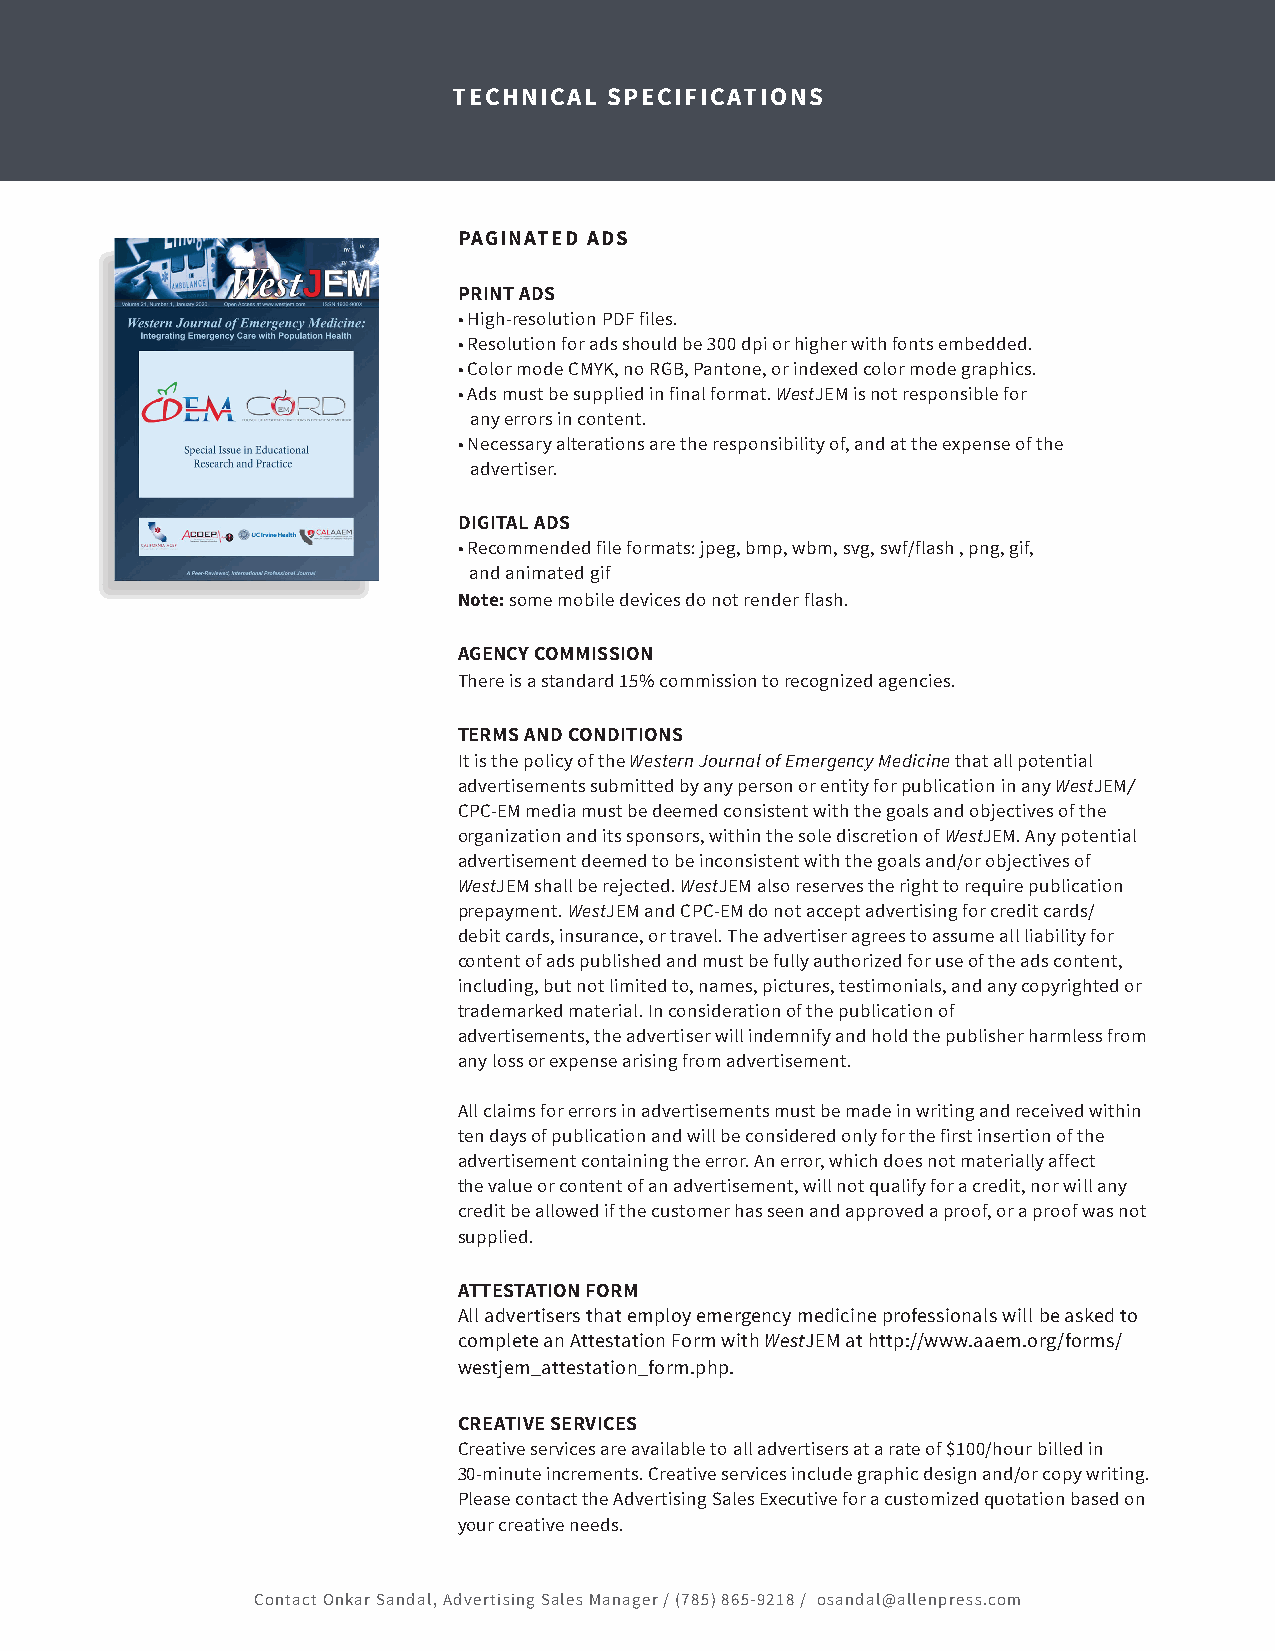
TECHNICAL SPECIFICATIONS
 PAGINATED ADS
 PRINT ADS
 • High-resolution PDF files.
 • Resolution for ads should be 300 dpi or higher with fonts embedded.
 • Color mode CMYK, no RGB, Pantone, or indexed color mode graphics.
 • Ads must be supplied in final format. WestJEM is not responsible for
 any errors in content.
 • Necessary alterations are the responsibility of, and at the expense of the
 advertiser.
 DIGITAL ADS
 • Recommended file formats: jpeg, bmp, wbm, svg, swf/flash , png, gif,
 and animated gif
 Note: some mobile devices do not render flash.
 AGENCY COMMISSION
 There is a standard 15% commission to recognized agencies.
 TERMS AND CONDITIONS
 It is the policy of the Western Journal of Emergency Medicine that all potential
 advertisements submitted by any person or entity for publication in any WestJEM/
 CPC-EM media must be deemed consistent with the goals and objectives of the
 organization and its sponsors, within the sole discretion of WestJEM. Any potential
 advertisement deemed to be inconsistent with the goals and/or objectives of
 WestJEM shall be rejected. WestJEM also reserves the right to require publication
 prepayment. WestJEM and CPC-EM do not accept advertising for credit cards/
 debit cards, insurance, or travel. The advertiser agrees to assume all liability for
 content of ads published and must be fully authorized for use of the ads content,
 including, but not limited to, names, pictures, testimonials, and any copyrighted or
 trademarked material. In consideration of the publication of
 advertisements, the advertiser will indemnify and hold the publisher harmless from
 any loss or expense arising from advertisement.
 All claims for errors in advertisements must be made in writing and received within
 ten days of publication and will be considered only for the first insertion of the
 advertisement containing the error. An error, which does not materially affect
 the value or content of an advertisement, will not qualify for a credit, nor will any
 credit be allowed if the customer has seen and approved a proof, or a proof was not
 supplied.
 ATTESTATION FORM
 All advertisers that employ emergency medicine professionals will be asked to
 complete an Attestation Form with WestJEM at http://www.aaem.org/forms/
 westjem_attestation_form.php.
 CREATIVE SERVICES
 Creative services are available to all advertisers at a rate of $100/hour billed in
 30-minute increments. Creative services include graphic design and/or copy writing.
 Please contact the Advertising Sales Executive for a customized quotation based on
 your creative needs.
 Contact Onkar Sandal, Advertising Sales Manager / (785) 865-9218 / osandal@allenpress.com